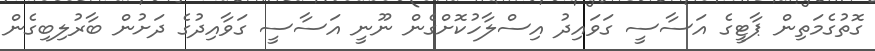
ގޮތުގެމަތިން ޕާޓީގެ އަސާސީ ގަވައިދު އިސްލާހުކޮށްގެން ނޫނީ އަސާސީ ގަވާއިދުގެ ދަށުން ބާރުލިބިގެން